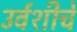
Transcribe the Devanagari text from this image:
उर्वशीचे